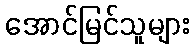
အောင်မြင်သူများ